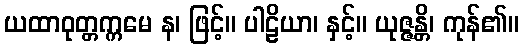
ယထာဝုတ္တက္ကမေ န၊ ဖြင့်။ ပါဠိယာ၊ နှင့်။ ယုဇ္ဇန္တိ၊ ကုန်၏။